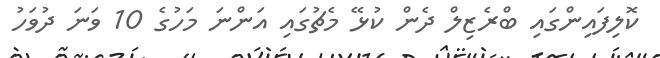
ކޮލިފައިންގައި ބްރެޒިލް ދެން ކުޅޭ މެޗުގައި އަންނަ މަހުގެ 10 ވަނަ ދުވަހު